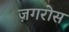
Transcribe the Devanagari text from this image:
ज़गरोस